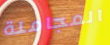
المجاملة